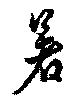
暑